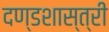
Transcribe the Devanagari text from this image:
दण्डशास्त्री